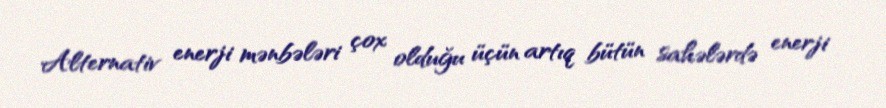
Alternativ enerji mənbələri çox olduğu üçün artıq bütün sahələrdə enerji